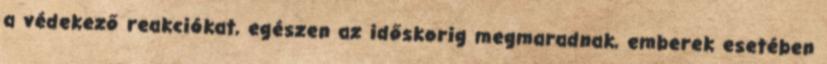
a védekező reakciókat, egészen az időskorig megmaradnak, emberek esetében